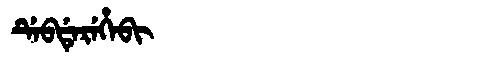
Manchu: ᡩᡝᠪᡩᡝᡵᡝᡥᡝᠪᡳ
Romanization: DEBDEREHEBI